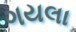
ગયલા